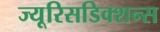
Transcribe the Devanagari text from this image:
ज्यूरिसडिक्शन्स